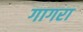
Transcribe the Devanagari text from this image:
गागरा